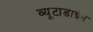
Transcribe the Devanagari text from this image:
व्यूटाडाईन